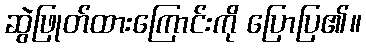
ဆွဲဖြုတ်ထားကြောင်းကို ပြောပြ၏။